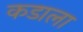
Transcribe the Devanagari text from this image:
कडाला